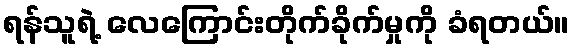
ရန်သူရဲ့ လေကြောင်းတိုက်ခိုက်မှုကို ခံရတယ်။